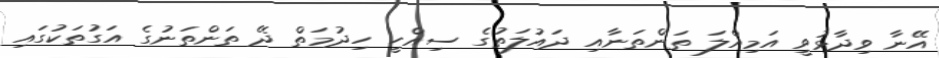
އޭނާ ވިދާޅުވީ އަމިއްލަ ތަންތަނާއި ދައުލަތުގެ ސިއްހީ ހިދުމަތް ދޭ ތަންތަނުގެ އަގުތަކުގައި